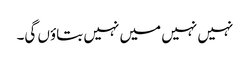
نہیں نہیں میں نہیں بتاؤں گی۔